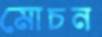
মোচন